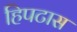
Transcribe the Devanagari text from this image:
हिपटास